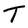
Character: T